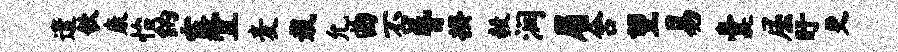
遣欹康怡纳露宜麦栽允曲否昏揆毅润眉舍望易囊屈盱更